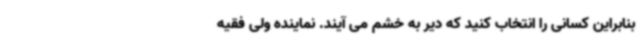
بنابراین کسانی را انتخاب کنید که دیر به خشم می آیند. نماینده ولی فقیه